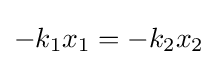
-k_{1}x_{1}=-k_{2}x_{2}